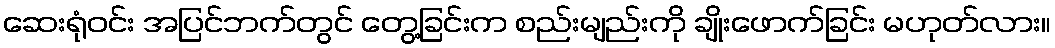
ဆေးရုံဝင်း အပြင်ဘက်တွင် တွေ့ခြင်းက စည်းမျည်းကို ချိုးဖောက်ခြင်း မဟုတ်လား။